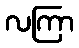
လကြာ